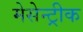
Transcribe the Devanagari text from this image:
मेसेन्ट्रीक